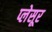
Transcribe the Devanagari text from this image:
प्लेसूर